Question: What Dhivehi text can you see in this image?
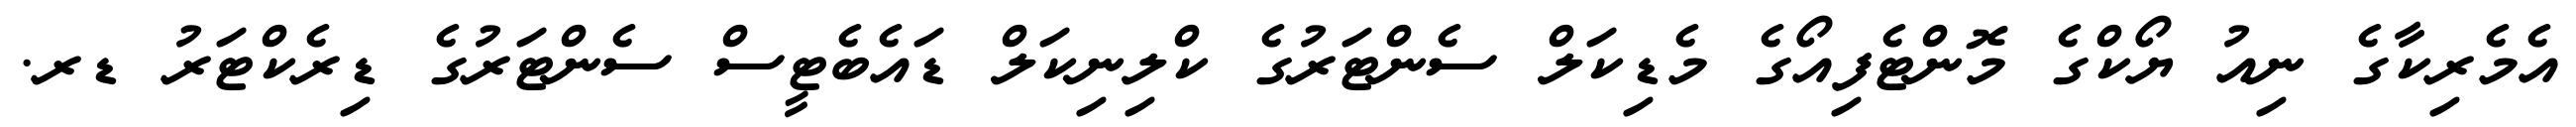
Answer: އެމެރިކާގެ ނިއު ޔޯކްގެ މޮންޓެފިއޯގެ މެޑިކަލް ސެންޓަރުގެ ކްލިނިކަލް ޑައެބެޓީސް ސެންޓަރުގެ ޑިރެކްޓަރު ޑރ.